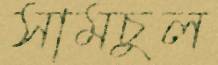
সামচুল